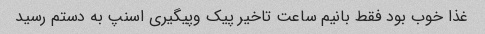
غذا خوب بود فقط بانیم ساعت تاخیر پیک وپیگیری اسنپ به دستم رسید